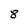
Character: 8